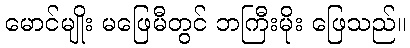
မောင်မျိုး မဖြေမီတွင် ဘကြီးမိုး ဖြေသည်။